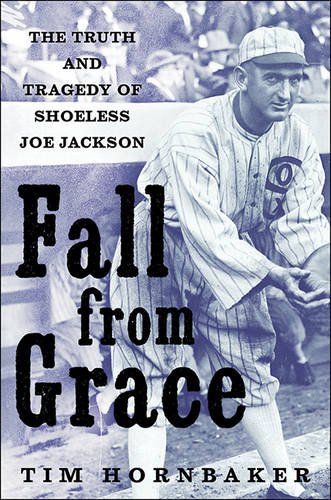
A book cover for Fall from Grace: The Truth and Tragedy of Shoeless Joe Jackson; Tim Hornbaker; Biographies & Memoirs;